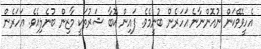
އެހީވެވޭކަން ނުއޮންނާނެ އަހަރެން ބުނީމެވެ. ފައިން ކޮބާ ޝަރުތަކީ މާޒިން ބުނެލިއެވެ. އަހަރެން